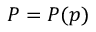
P = P ( p )